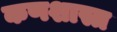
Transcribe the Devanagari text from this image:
कणशास्त्र